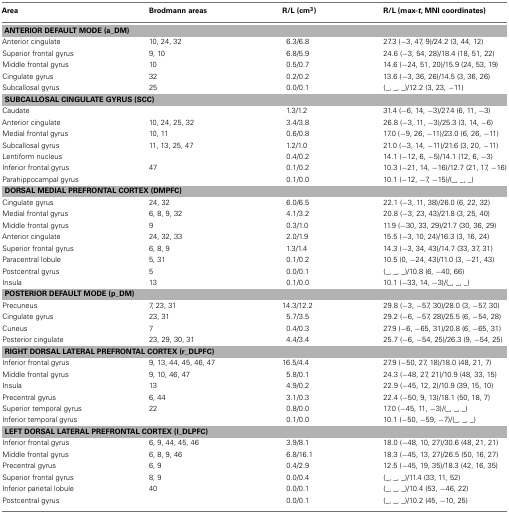
<table><thead><tr><td><b>Area</b></td><td><b>Brodmann areas</b></td><td><b>R/L (cm<sup>3</sup>)</b></td><td><b>R/L (max-<i>t</i>, MNI coordinates)</b></td></tr></thead><tbody><tr><td colspan="4"><b>ANTERIOR DEFAULT MODE (a_DM)</b></td></tr><tr><td>Anterior cingulate</td><td>10, 24, 32</td><td>6.3/6.8</td><td>27.3 (−3, 47, 9)/24.2 (3, 44, 12)</td></tr><tr><td>Superior frontal gyrus</td><td>9, 10</td><td>6.8/5.9</td><td>24.6 (−3, 54, 28)/18.4 (18, 51, 22)</td></tr><tr><td>Middle frontal gyrus</td><td>10</td><td>0.5/0.7</td><td>14.6 (−24, 51, 20)/15.9 (24, 53, 19)</td></tr><tr><td>Cingulate gyrus</td><td>32</td><td>0.2/0.2</td><td>13.6 (−3, 36, 26)/14.5 (3, 36, 26)</td></tr><tr><td>Subcallosal gyrus</td><td>25</td><td>0.0/0.1</td><td>(_, _, _)/12.2 (3, 23, −11)</td></tr><tr><td colspan="4"><b>SUBCALLOSAL CINGULATE GYRUS (SCC)</b></td></tr><tr><td>Caudate</td><td></td><td>1.3/1.2</td><td>31.4 (−6, 14, −3)/27.4 (6, 11, −3)</td></tr><tr><td>Anterior cingulate</td><td>10, 24, 25, 32</td><td>3.4/3.8</td><td>26.8 (−3, 11, −3)/25.3 (3, 14, −6)</td></tr><tr><td>Medial frontal gyrus</td><td>10, 11</td><td>0.6/0.8</td><td>17.0 (−9, 26, −11)/23.0 (6, 26, −11)</td></tr><tr><td>Subcallosal gyrus</td><td>11, 13, 25, 47</td><td>1.2/1.0</td><td>21.0 (−3, 14, −11)/21.6 (3, 20, −11)</td></tr><tr><td>Lentiform nucleus</td><td></td><td>0.4/0.2</td><td>14.1 (−12, 6, −5)/14.1 (12, 6, −3)</td></tr><tr><td>Inferior frontal gyrus</td><td>47</td><td>0.1/0.2</td><td>10.3 (−21, 14, −16)/12.7 (21, 17, −16)</td></tr><tr><td>Parahippocampal gyrus</td><td></td><td>0.1/0.0</td><td>10.1 (−12, −7, −15)/(_, _, _)</td></tr><tr><td colspan="4"><b>DORSAL MEDIAL PREFRONTAL CORTEX (DMPFC)</b></td></tr><tr><td>Cingulate gyrus</td><td>24, 32</td><td>6.0/6.5</td><td>22.1 (−3, 11, 38)/26.0 (6, 22, 32)</td></tr><tr><td>Medial frontal gyrus</td><td>6, 8, 9, 32</td><td>4.1/3.2</td><td>20.8 (−3, 23, 43)/21.8 (3, 25, 40)</td></tr><tr><td>Middle frontal gyrus</td><td>9</td><td>0.3/1.0</td><td>11.9 (−30, 33, 29)/21.7 (30, 36, 29)</td></tr><tr><td>Anterior cingulate</td><td>24, 32, 33</td><td>2.0/1.9</td><td>15.5 (−3, 10, 24)/16.3 (3, 16, 24)</td></tr><tr><td>Superior frontal gyrus</td><td>6, 8, 9</td><td>1.3/1.4</td><td>14.3 (−3, 34, 43)/14.7 (33, 37, 31)</td></tr><tr><td>Paracentral lobule</td><td>5, 31</td><td>0.1/0.2</td><td>10.5 (0, −24, 43)/11.0 (3, −21, 43)</td></tr><tr><td>Postcentral gyrus</td><td>5</td><td>0.0/0.1</td><td>(_, _, _)/10.8 (6, −40, 66)</td></tr><tr><td>Insula</td><td>13</td><td>0.1/0.0</td><td>10.1 (−33, 14, −3)/(_, _, _)</td></tr><tr><td colspan="4"><b>POSTERIOR DEFAULT MODE (p_DM)</b></td></tr><tr><td>Precuneus</td><td>7, 23, 31</td><td>14.3/12.2</td><td>29.8 (−3, −57, 30)/28.0 (3, −57, 30)</td></tr><tr><td>Cingulate gyrus</td><td>23, 31</td><td>5.7/3.5</td><td>29.2 (−6, −57, 28)/25.5 (6, −54, 28)</td></tr><tr><td>Cuneus</td><td>7</td><td>0.4/0.3</td><td>27.9 (−6, −65, 31)/20.8 (6, −65, 31)</td></tr><tr><td>Posterior cingulate</td><td>23, 29, 30, 31</td><td>4.4/3.4</td><td>25.7 (−6, −54, 25)/26.3 (9, −54, 25)</td></tr><tr><td colspan="4"><b>RIGHT DORSAL LATERAL PREFRONTAL CORTEX (r_DLPFC)</b></td></tr><tr><td>Inferior frontal gyrus</td><td>9, 13, 44, 45, 46, 47</td><td>16.5/4.4</td><td>27.9 (−50, 27, 18)/18.0 (48, 21, 7)</td></tr><tr><td>Middle frontal gyrus</td><td>9, 10, 46, 47</td><td>5.8/0.1</td><td>24.3 (−48, 27, 21)/10.9 (48, 33, 15)</td></tr><tr><td>Insula</td><td>13</td><td>4.9/0.2</td><td>22.9 (−45, 12, 2)/10.9 (39, 15, 10)</td></tr><tr><td>Precentral gyrus</td><td>6, 44</td><td>3.1/0.3</td><td>22.4 (−50, 9, 13)/18.1 (50, 18, 7)</td></tr><tr><td>Superior temporal gyrus</td><td>22</td><td>0.8/0.0</td><td>17.0 (−45, 11, −3)/(_, _, _)</td></tr><tr><td>Inferior temporal gyrus</td><td></td><td>0.1/0.0</td><td>10.1 (−50, −59, −7)/(_, _, _)</td></tr><tr><td colspan="4"><b>LEFT DORSAL LATERAL PREFRONTAL CORTEX (l_DLPFC)</b></td></tr><tr><td>Inferior frontal gyrus</td><td>6, 9, 44, 45, 46</td><td>3.9/8.1</td><td>18.0 (−48, 10, 27)/30.6 (48, 21, 21)</td></tr><tr><td>Middle frontal gyrus</td><td>6, 8, 9, 46</td><td>6.8/16.1</td><td>18.3 (−45, 13, 27)/26.5 (50, 16, 27)</td></tr><tr><td>Precentral gyrus</td><td>6, 9</td><td>0.4/2.9</td><td>12.5 (−45, 19, 35)/18.3 (42, 16, 35)</td></tr><tr><td>Superior frontal gyrus</td><td>8, 9</td><td>0.0/0.4</td><td>(_, _, _)/11.4 (33, 11, 52)</td></tr><tr><td>Inferior parietal lobule</td><td>40</td><td>0.0/0.1</td><td>(_, _, _)/10.4 (53, −46, 22)</td></tr><tr><td>Postcentral gyrus</td><td></td><td>0.0/0.1</td><td>(_, _, _)/10.2 (45, −10, 25)</td></tr></tbody></table>